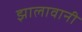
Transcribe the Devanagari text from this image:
झालावानी